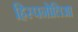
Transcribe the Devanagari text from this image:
हिस्पनोलिआ